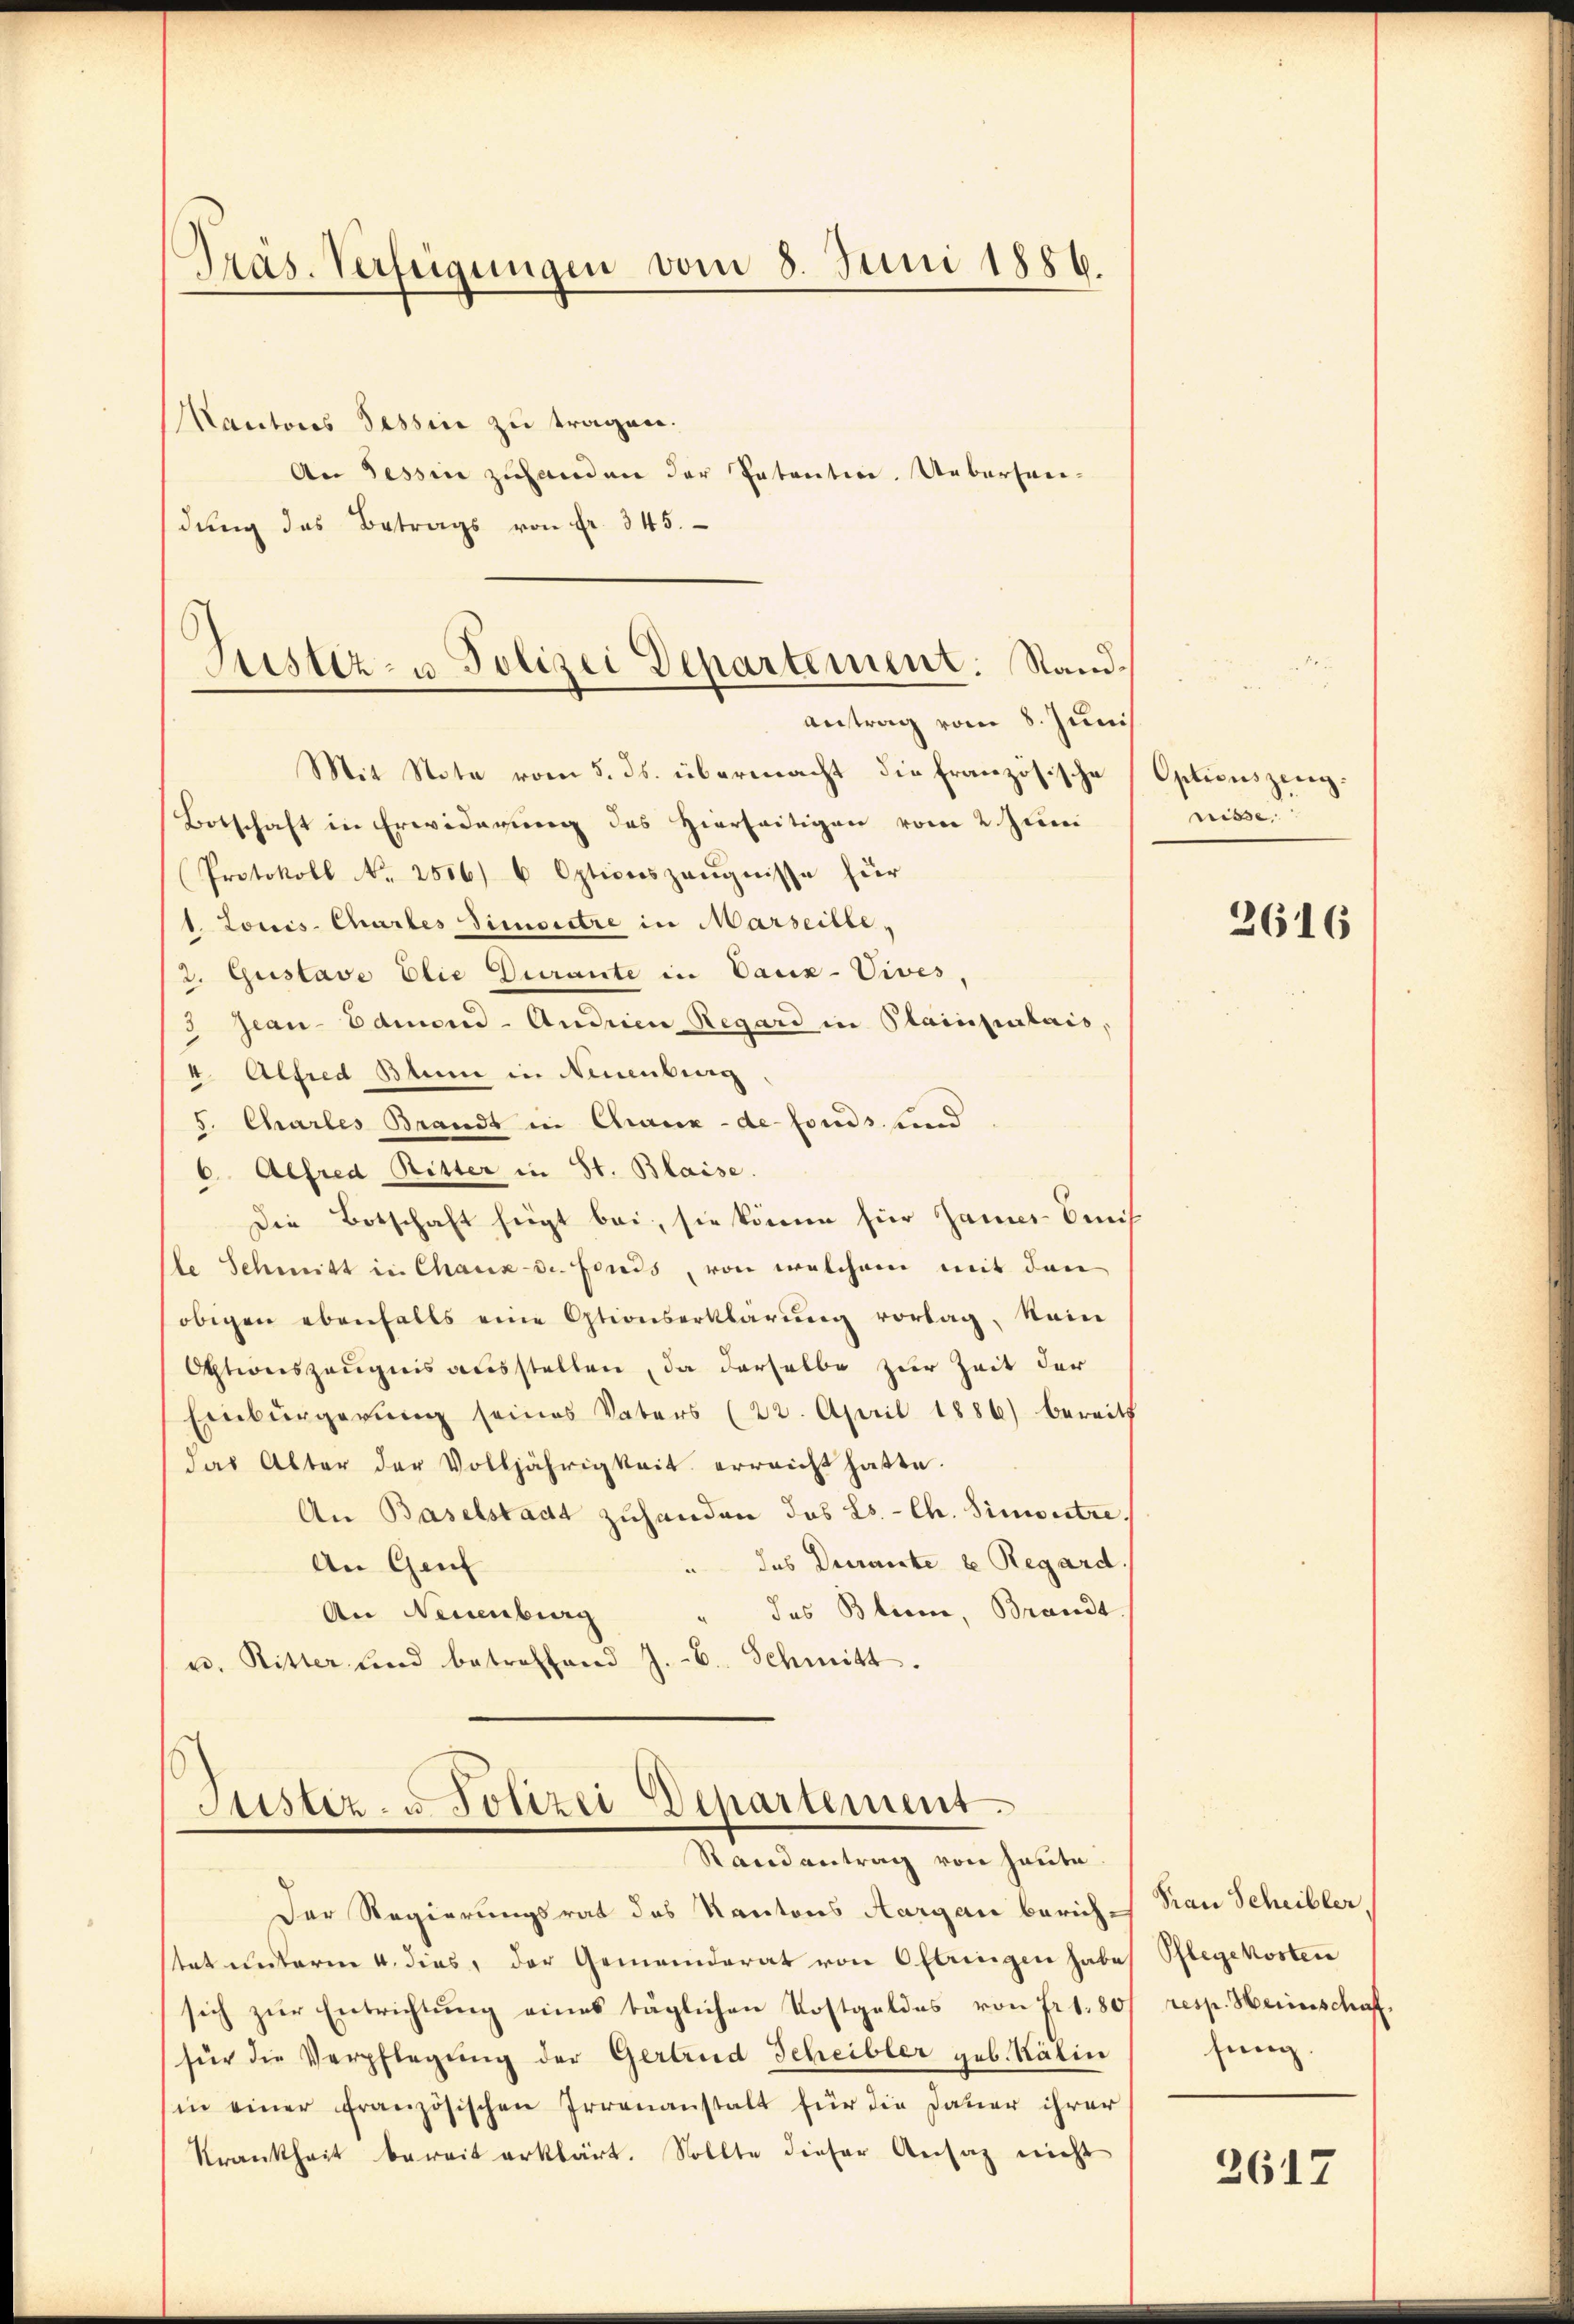
.
Pras. Verfügungen vom 3. Juni 1886.

Kantons Tessine zu tragen.
An Tessin zuhanden der Patenten. Ueberfrei-
dŭng das Betrags von Fr. 345.

Botschaft in Erwiderung des Hierseitigen vom 2. Juni
Protokoll No 2556) 6 Opticiszeŭgnisse für
1. Louis-Chartes Simonitre in Marseille,
2. Gustave Elie Durante in Vaux-Vives,
3 Jean-Edmond- Andrien Regard in Plainpalais,
4. Alfred Blume in Neuenburg
5. Charles Brandt in Chaux-de-Fonds. und
6. Alfred Ritter in St. Blaise
Die Botschaft fügt bei, sie könne für James Amis
le Schmitt in Chaux-de-Fonds, von welchem mit den
obigen ebenfalls eine Otionserklärŭng vorlag, kein
Optionszeŭgnis ausstellen, da derselbe zur Zeit der
Einbürgerŭng seines Vaters (23. April 1886) bereits
das Alter der Volljährigkeit erreicht hatte.
An Baselstadt zuhanden das L. Ch. Simonitre,
"das Durante le Regard.
An Genf
das Blume, Brandt
An Neuenburg
u. Ritter und betreffend J. B. Schmitt

Justiz- u. Polizei Departement. Stand¬
Antrag vom 8. Juni
Mit Note vom 5. ds. übermacht die Französische

)
Sistiz- u. Polizei Departement
Randantrag von heute.

Der Regierungsrat des Kantons Aargau berichtat unterm 4. dies, der Gemeinderat von Olbringen habe,
sich zur Entrichtung eines taglichen Kostgeldes von Fr. 180
für die Verpflegŭng der Gertrud Scheibler geb. Kälin
in einer französischen Irrenanstalt für die Dauer ihrer
Krankheit bereit erklärt. Sollte dieser Ansag nicht

Optionszeug.
wisse. |

2616

Frau Scheibler,
Pflegekosten
resp. Heinschaff
sung.

2617